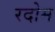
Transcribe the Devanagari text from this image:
रदोम